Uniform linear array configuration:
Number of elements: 8
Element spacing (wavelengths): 0.5
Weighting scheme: hamming
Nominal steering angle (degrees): -45
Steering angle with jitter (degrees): -44.935
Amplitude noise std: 0.05
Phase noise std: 0.05

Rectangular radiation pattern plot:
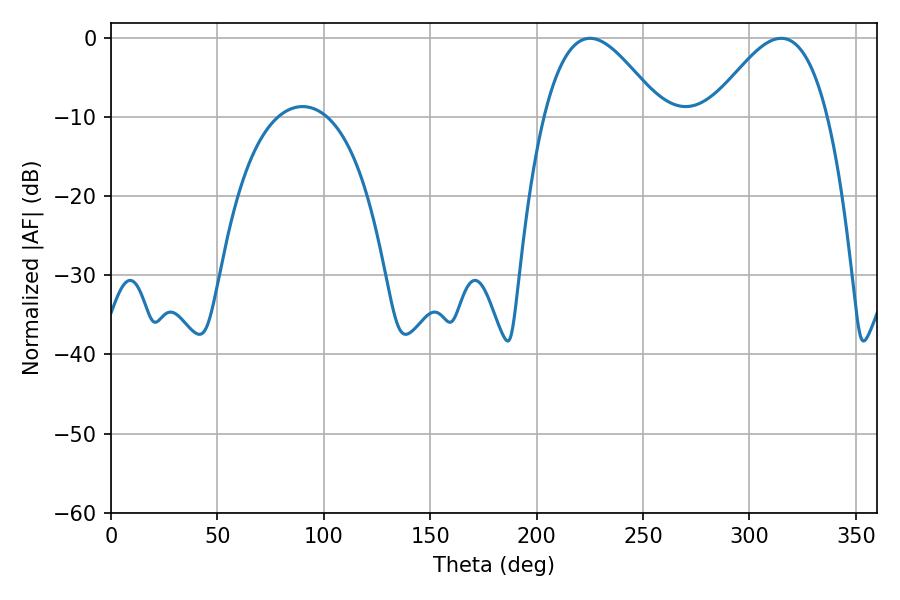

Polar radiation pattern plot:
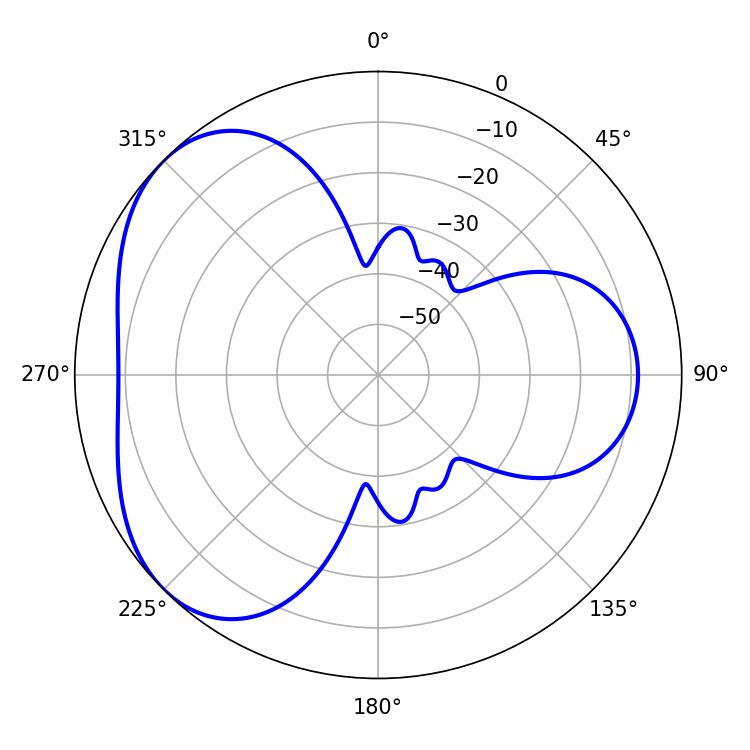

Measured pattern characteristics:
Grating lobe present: FALSE
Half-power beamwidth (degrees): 29.7
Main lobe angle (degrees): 225